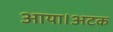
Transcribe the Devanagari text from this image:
आया।अटक